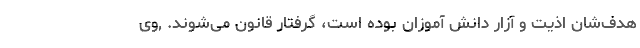
هدف‌شان اذیت و آزار دانش آموزان بوده است، گرفتار قانون می‌شوند. ,وی